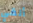
ألقي